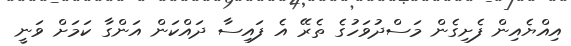
އިއްޔެއިން ފެށިގެން މަސްދުވަހުގެ ތެރޭ އެ ފައިސާ ދައްކަން އަންގާ ކަމަށް ވަނީ